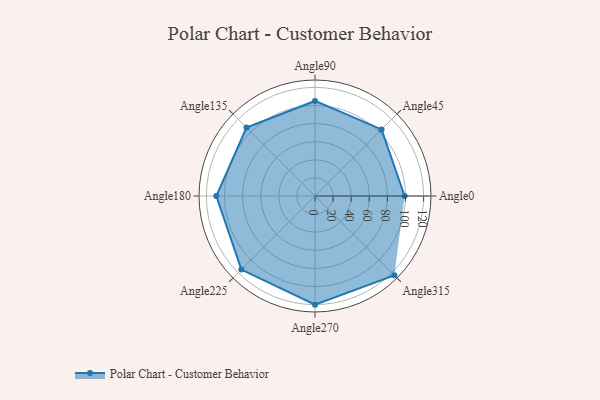
{"axis": {"x": "Angle", "y": "Radius"}, "legend": [""], "data": [{"x": "Angle0", "y": 99.0, "type": ""}, {"x": "Angle45", "y": 104.0, "type": ""}, {"x": "Angle90", "y": 105.0, "type": ""}, {"x": "Angle135", "y": 107.0, "type": ""}, {"x": "Angle180", "y": 109.0, "type": ""}, {"x": "Angle225", "y": 115.0, "type": ""}, {"x": "Angle270", "y": 120.0, "type": ""}, {"x": "Angle315", "y": 124.0, "type": ""}]}